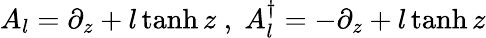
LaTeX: A_{l}=\partial_{z}+l\operatorname{tanh}z\textrm{}\; ,\; \textrm{}A_{l}^{\dagger}=-\partial_{z}+l\operatorname{tanh}z